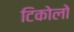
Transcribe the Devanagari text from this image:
टिकोलो